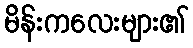
မိန်းကလေးများ၏